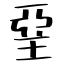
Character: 堊